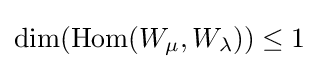
\dim(\operatorname {Hom} (W_{\mu },W_{\lambda }))\leq 1